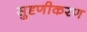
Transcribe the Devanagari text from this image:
सुदृणीकरण